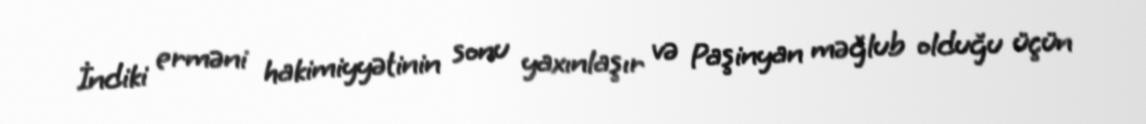
İndiki erməni hakimiyyətinin sonu yaxınlaşır və Paşinyan məğlub olduğu üçün